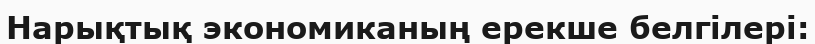
Нарықтық экономиканың ерекше белгілері: